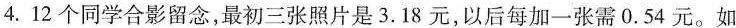
4.12个同学合影留念，最初三张照片是3.18元，以后每加一张需0.54元。如